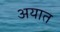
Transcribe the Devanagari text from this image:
अयात